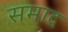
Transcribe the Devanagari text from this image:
समाद